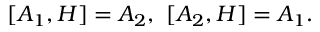
[ A _ { 1 } , H ] = A _ { 2 } , \thinspace \thinspace [ A _ { 2 } , H ] = A _ { 1 } .